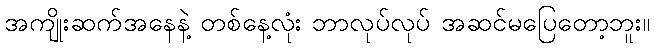
အကျိုးဆက်အနေနဲ့ တစ်နေ့လုံး ဘာလုပ်လုပ် အဆင်မပြေတော့ဘူး။